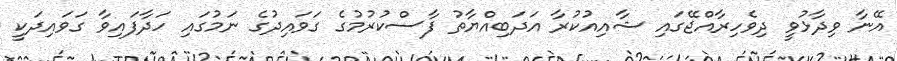
އޭނާ ވިދާޅުވީ ދިވެހިރާއްޖޭގައި ޝާއިއުކުރާ އަދަބިއްޔާތު ފާސްކުރުމުގެ ގަވައިދުގެ ނަމުގައި ހަދާފައިވާ ގަވައިދަކީ